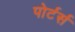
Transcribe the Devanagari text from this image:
पोर्टर्स